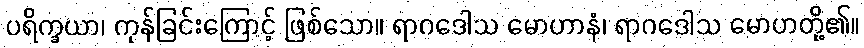
ပရိက္ခယာ၊ ကုန်ခြင်းကြောင့် ဖြစ်သော။ ရာဂဒေါသ မောဟာနံ၊ ရာဂဒေါသ မောဟတို့၏။